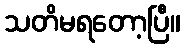
သတိမရတော့ပြီ။